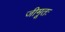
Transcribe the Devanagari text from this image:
जीमूतः